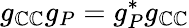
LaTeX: g_{\mathbb{C}\mathbb{C}}g_{P}=g_{P}^{*}g_{\mathbb{C}\mathbb{C}}